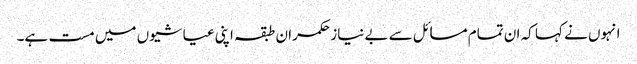
انہوں نے کہا کہ ان تمام مسائل سے بے نیاز حکمران طبقہ اپنی عیاشیوں میں مست ہے۔